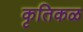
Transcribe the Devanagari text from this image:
कृतिकळ